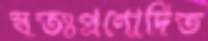
স্বতঃপ্রণোদিত